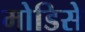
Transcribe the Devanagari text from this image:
मोडिसे